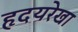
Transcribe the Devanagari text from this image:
हृदयरेखा